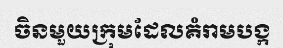
ចិនមួយក្រុមដែលគំរាមបង្ក